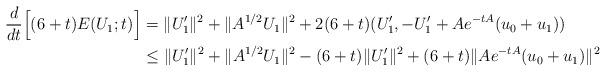
LaTeX: \begin{align*}\frac{d}{dt}\Big[(6+t)E(U_1;t)\Big]&=\|U_1'\|^2+\|A^{1/2}U_1\|^2+2(6+t)(U_1',-U_1'+Ae^{-tA}(u_0+u_1))\\&\leq\|U_1'\|^2+\|A^{1/2}U_1\|^2-(6+t)\|U_1'\|^2+(6+t)\|Ae^{-tA}(u_0+u_1)\|^2\end{align*}